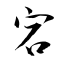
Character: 宕